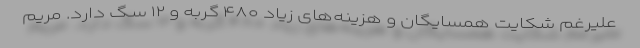
علیرغم شکایت همسایگان و هزینه‌های زیاد ۴۸۰ گربه و ۱۲ سگ دارد. مریم